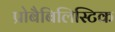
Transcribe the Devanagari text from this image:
प्रोबैबिलिस्टिक